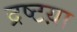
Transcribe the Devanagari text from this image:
द्रष्टय़ा